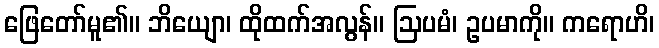
ဖြေတော်မူ၏။ ဘိယျော၊ ထိုထက်အလွန်။ ဩပမံ၊ ဥပမာကို။ ကရောဟိ၊